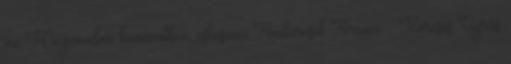
az Megmondom kommentben, esküszöm Fémkeresők Fóruma - Keresés Ugrás